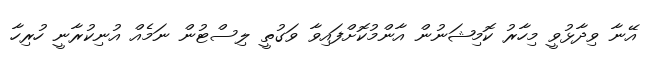
އޭނާ ވިދާޅުވީ މިހާރު ކޮމިޝަނުން އާންމުކޮށްފައިވާ ވަގުތީ ލިސްޓުން ނަމެއް އުނިކުރާނީ ހުރިހާ